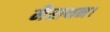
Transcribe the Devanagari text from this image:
मैराथन।